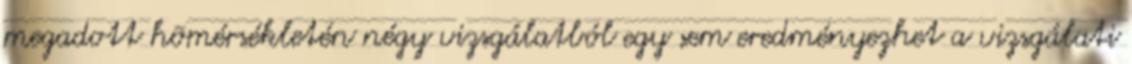
megadott hõmérsékletén négy vizsgálatból egy sem eredményezhet a vizsgálati